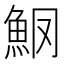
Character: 𫙑